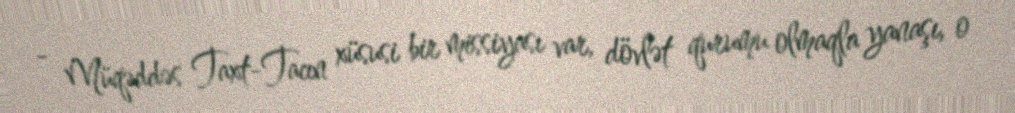
- Müqəddəs Taxt-Tacın xüsusi bir missiyası var, dövlət qurumu olmaqla yanaşı, o